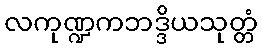
လကုဏ္ဍကဘဒ္ဒိယသုတ္တံ